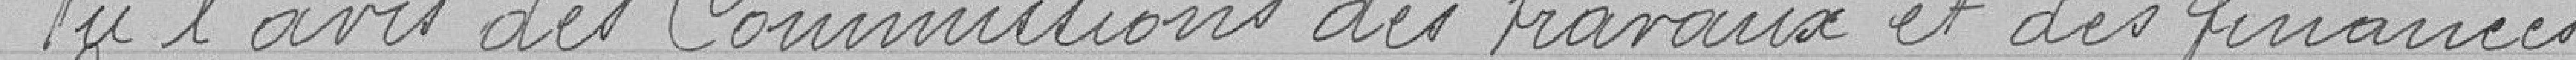
Vu l'avis des Commissions des travaux et des finances